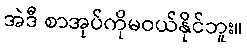
အဲဒီ စာအုပ်ကိုမဝယ်နိုင်ဘူး။